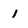
Character: 1